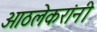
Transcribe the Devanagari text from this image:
आठलेकरांनी